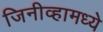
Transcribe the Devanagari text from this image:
जिनीव्हामध्ये